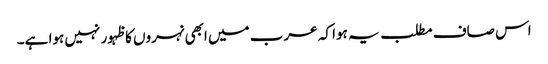
اس صاف مطلب یہ ہوا کہ عرب میں ابھی نہروں کا ظہور نہیں ہوا ہے۔